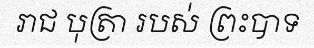
រាជ បុត្រា របស់ ព្រះបាទ